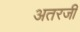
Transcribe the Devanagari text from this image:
अतरजी